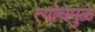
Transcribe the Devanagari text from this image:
त्यांचेमुळे